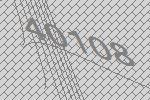
40108